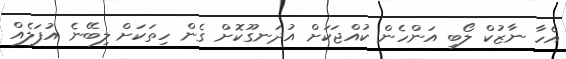
އެހާ ނާޒުކް ލޯބި އަންހެން ކުއްޖަކަށް އުދަނގޫކޮށް ގެން ހިތަކަށް ލިބޭނެ އުފަލެއް